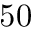
5 0